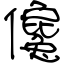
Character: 儳